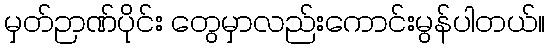
မှတ်ဉာဏ်ပိုင်း တွေမှာလည်းကောင်းမွန်ပါတယ်။